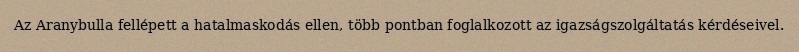
Az Aranybulla fellépett a hatalmaskodás ellen, több pontban foglalkozott az igazságszolgáltatás kérdéseivel.